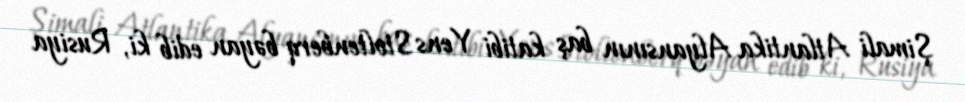
Şimali Atlantika Alyansının baş katibi Yens Stoltenberq bəyan edib ki, Rusiya